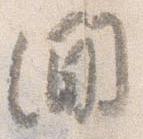
間